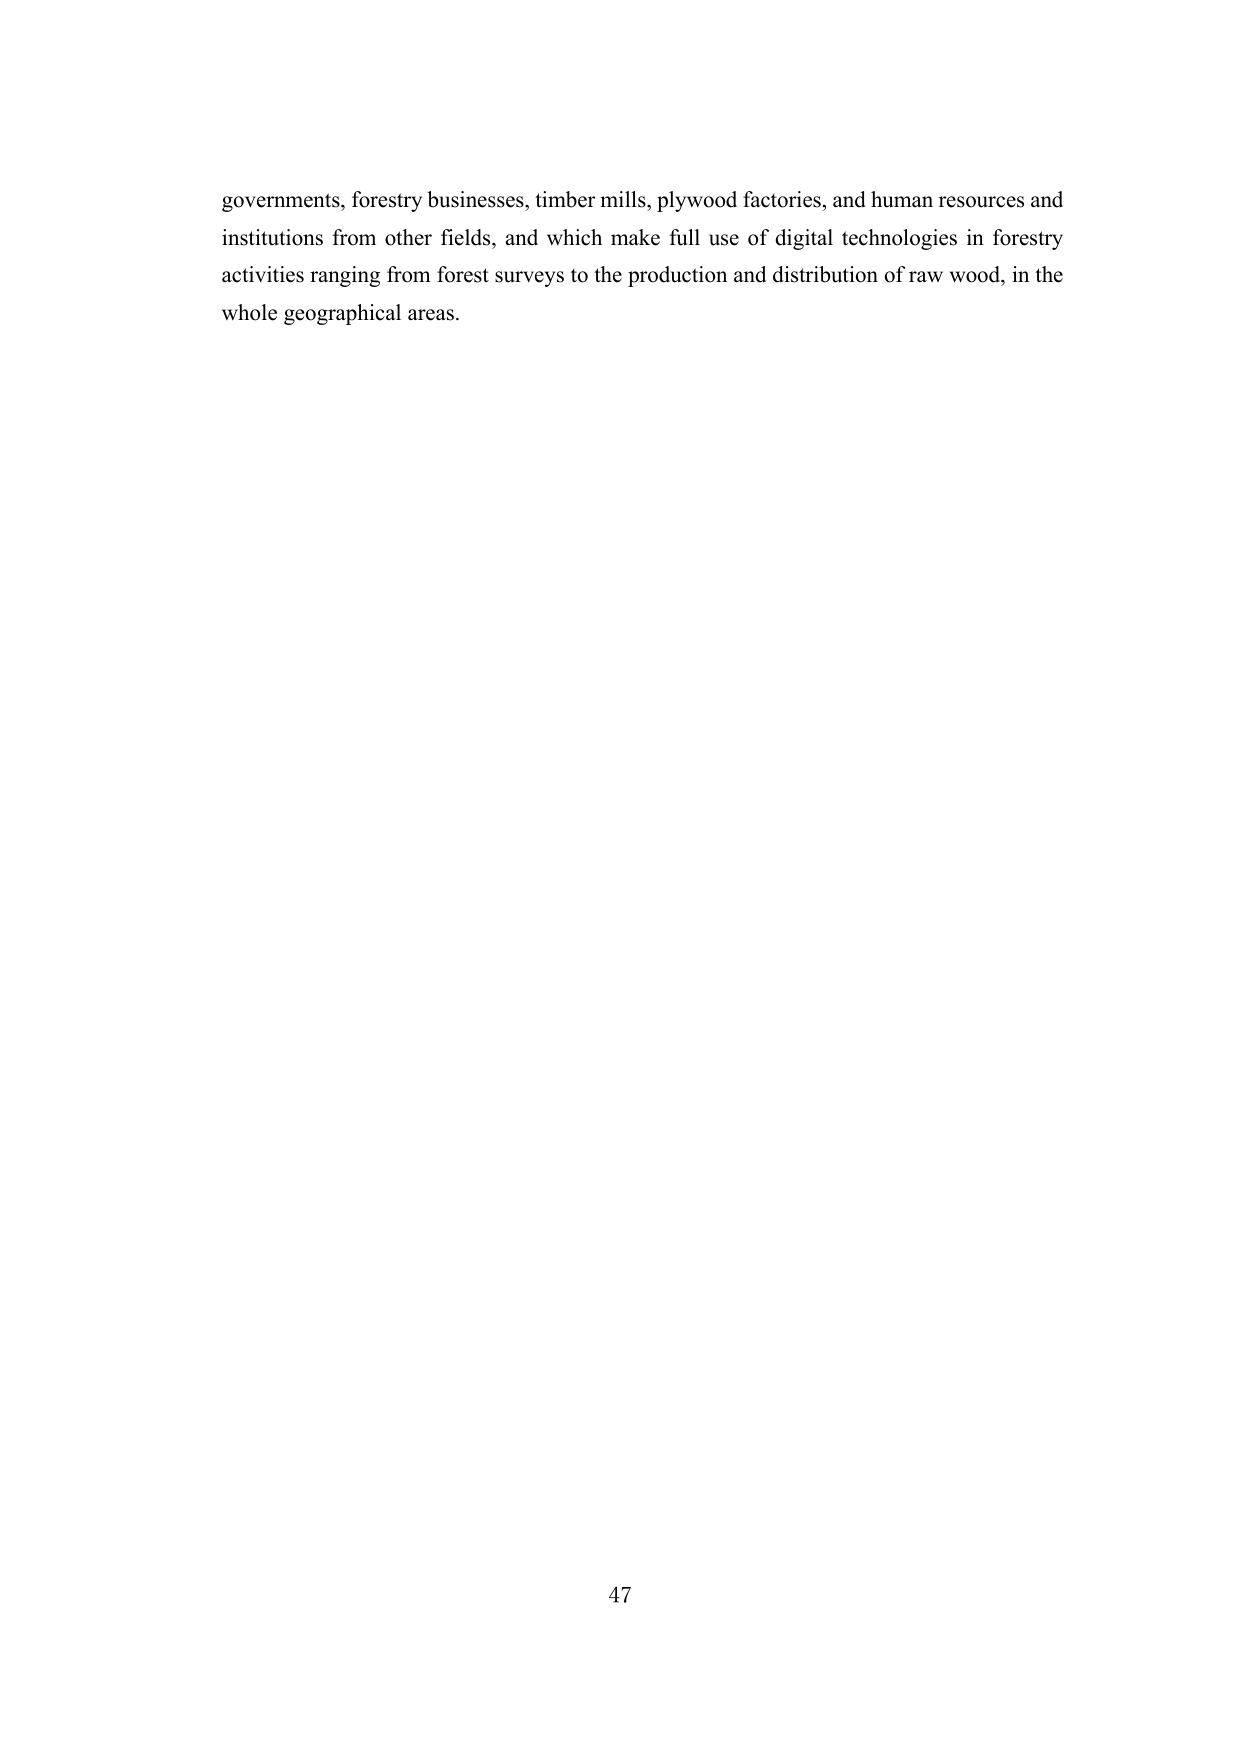
governments, forestry businesses, timber mills, plywood factories, and human resources and institutions from other fields, and which make full use of digital technologies in forestry activities ranging from forest surveys to the production and distribution of raw wood, in the whole geographical areas.

47